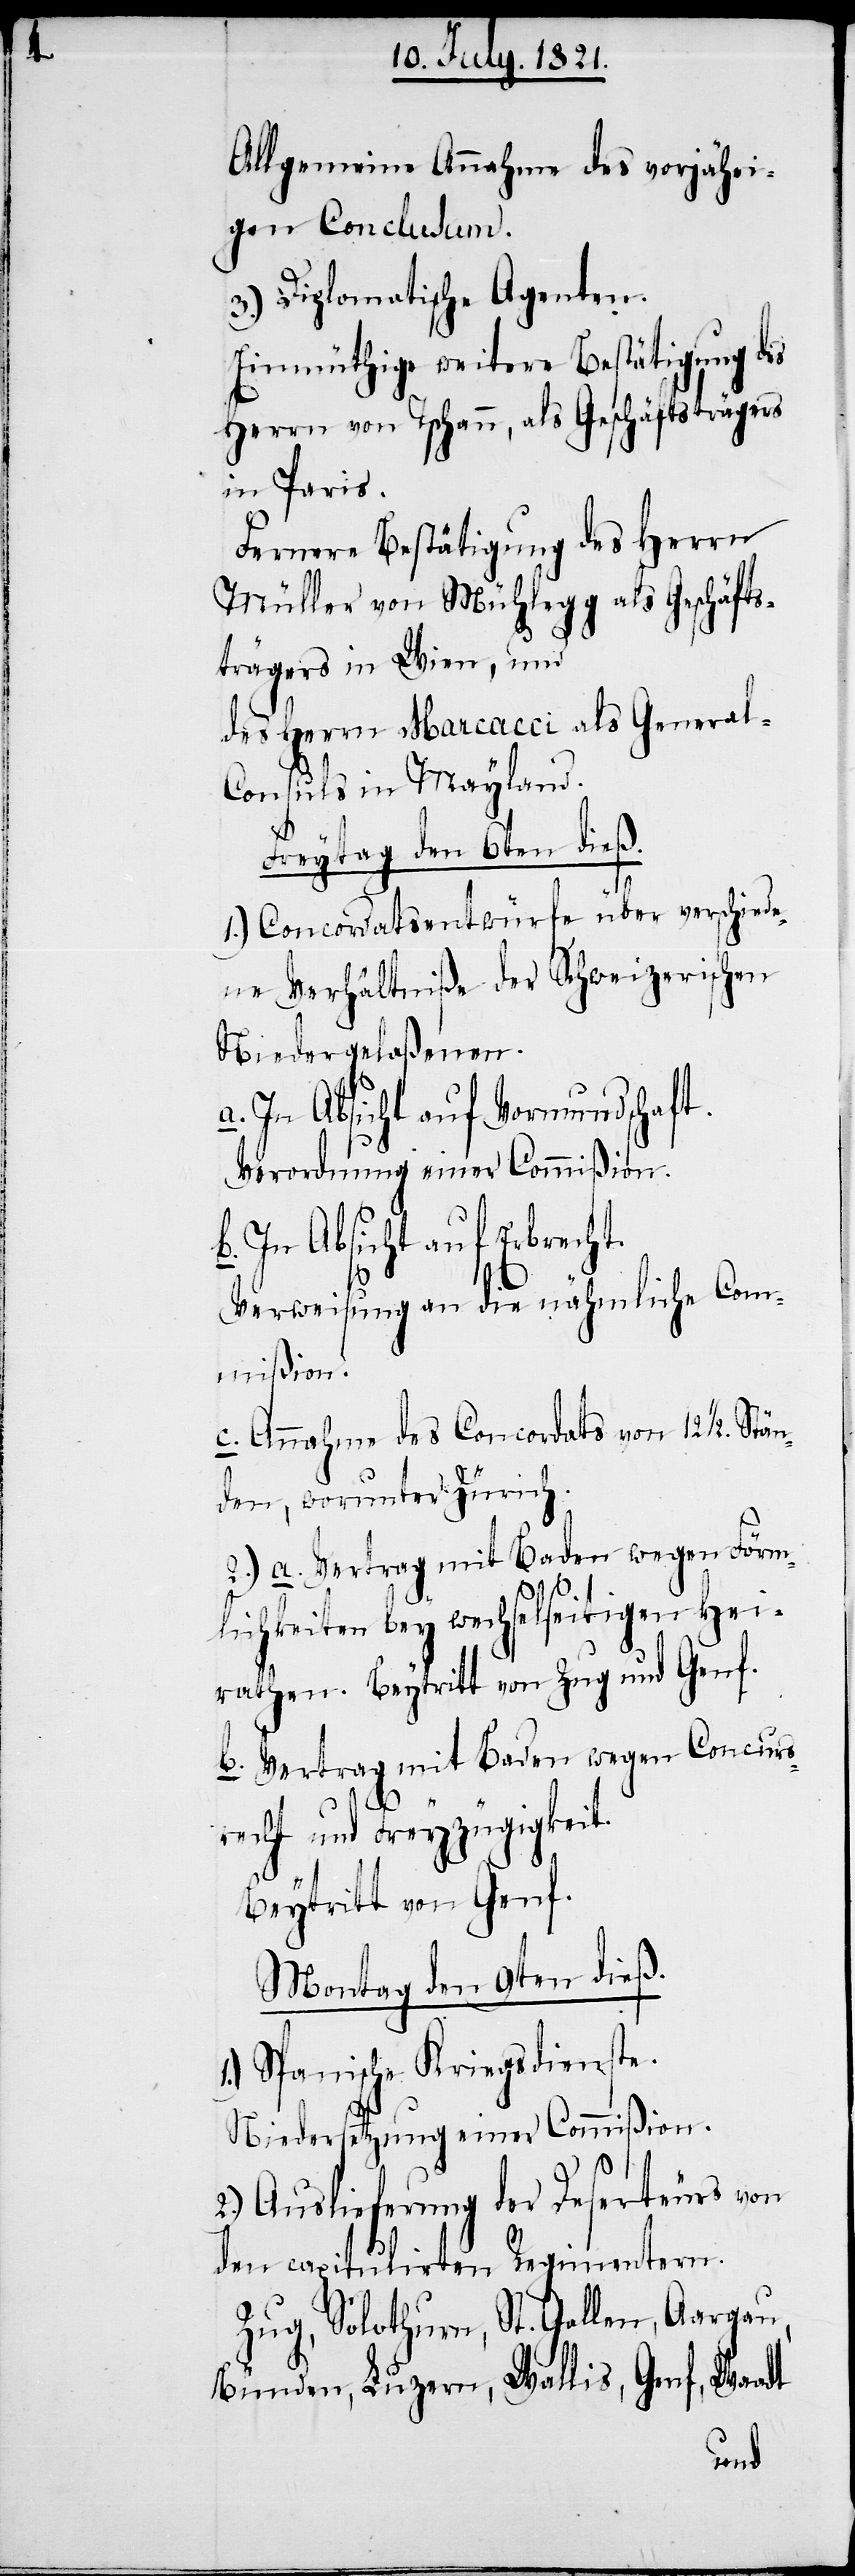
Allgemeine Annahme des vorjähri¬
gen Conclusum.
3.) Diplomatische Agenten.
Einmüthige weitere Bestätigung des
Herrn von Tschann, als Geschäftsträgers
in Paris.
Fernere Bestätigung des Herrn
Müller von Mühlegg als Geschäfts¬
trägers in Wien, und
des HHerrn Marcacci als General-C¬
onsuls in Mayland.
Freytag den 6ten dieß.
1.) Concordatsentwürfe über verschiede¬
ne Verhältniße der Schweizerischen
Niedergelaßenen.
a. In Absicht auf Vormundschaft.
Verordnung einer Commißion.
b. In Absicht auf Erbrecht.
Verweisung an die nähmliche Com¬
mißion.
c. Annahme des Concordats von 12 1/2. Stä¬
nden, worunter Zürich.
2.) a. Vertrag mit Baden wegen Förm¬
lichkeiten bey wechselseitigen Hei¬
rathen. Beytritt von Zug und Genf.
b. Vertrag mit Baden wegen Concurs¬
recht und Freyzügigkeit.
Beytritt von Genf.
Montag den 9ten dieß.
1.) Spanische Kriegsdienste.
Niedersetzung einer Commißion.
2.) Auslieferung der Deserteurs von
den capitulirten Regimentern.
Zug, Solothurn, St. Gallen, Aargau,
Bünden, Luzern, Wallis, Genf, Waadt